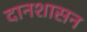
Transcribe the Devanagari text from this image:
दानशासन